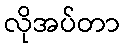
လိုအပ်တာ